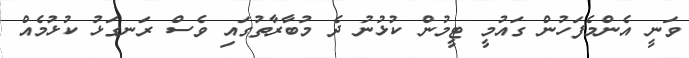
ވަނީ އެންމެފަހުން ގައުމީ ޓީމުން ކުޅުނު ދެ މުބާރާތުގައި ވެސް ރަނގަޅު ކުޅުމެއް